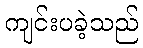
ကျင်းပခဲ့သည်